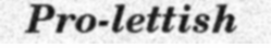
Pro-lettish